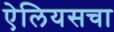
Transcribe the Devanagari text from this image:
ऐलियसचा